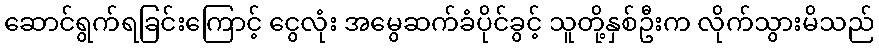
ဆောင်ရွက်ရခြင်းကြောင့် ငွေလုံး အမွေဆက်ခံပိုင်ခွင့် သူတို့နှစ်ဦးက လိုက်သွားမိသည်